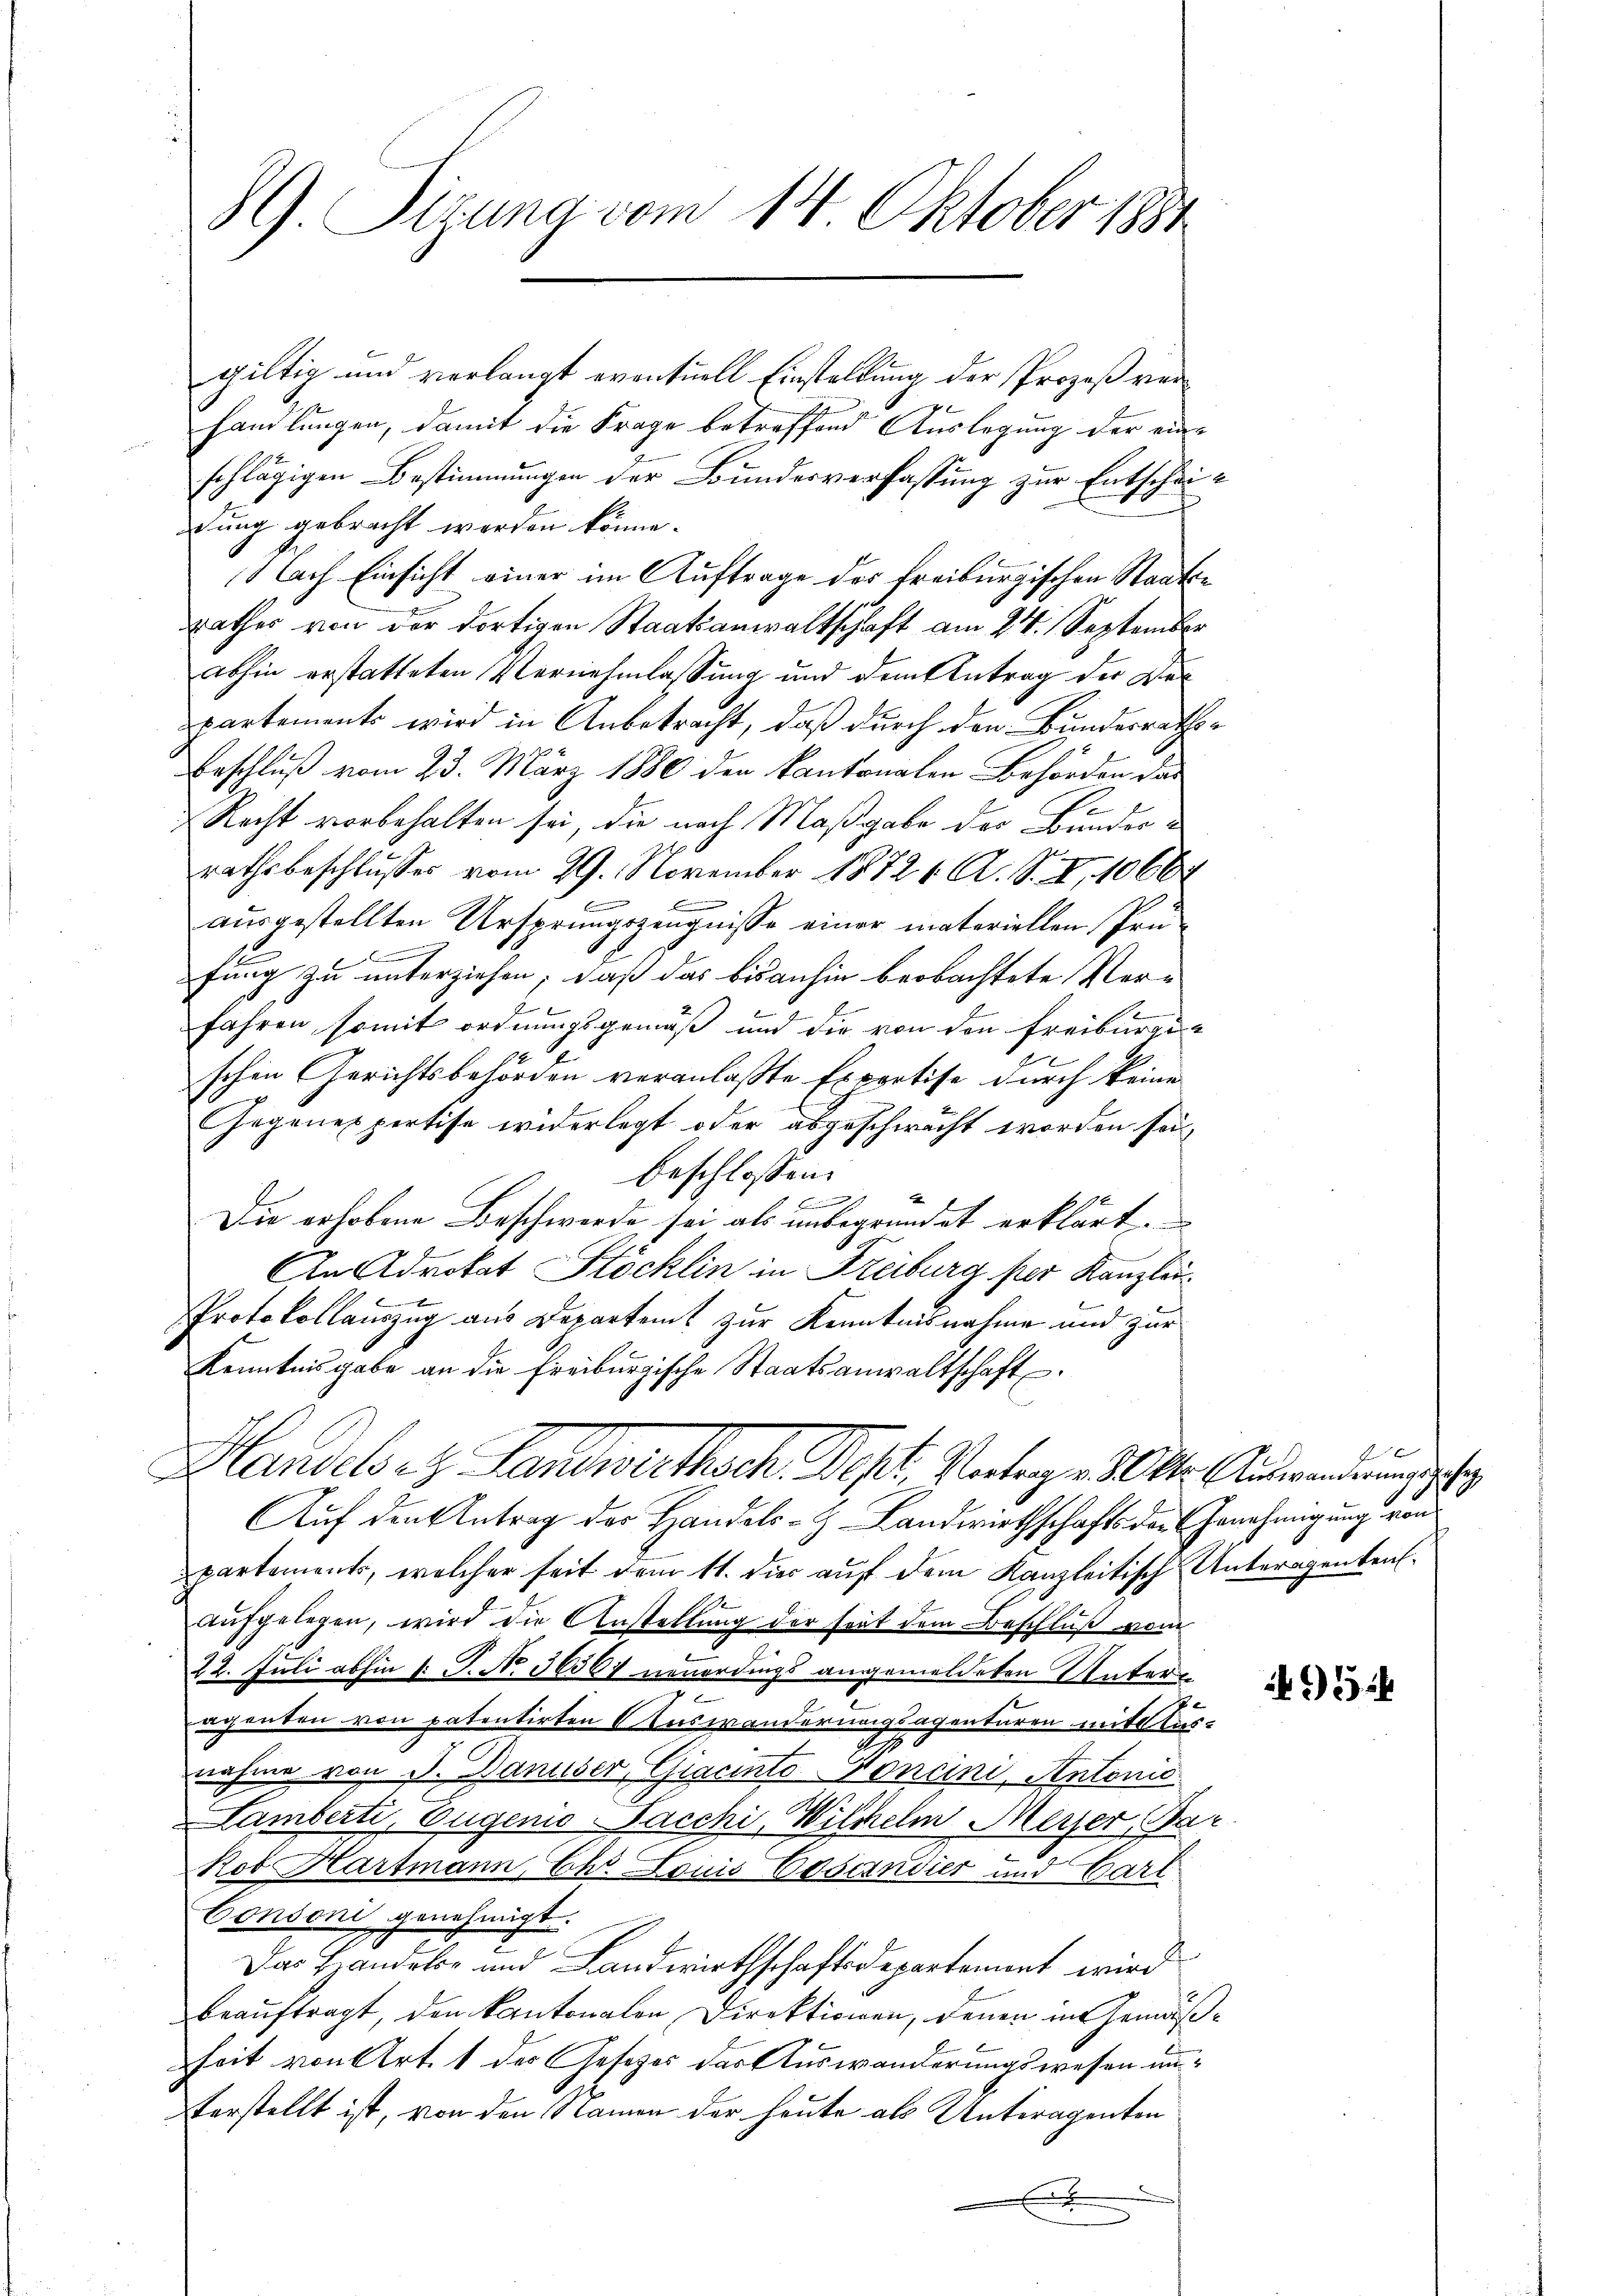
giltig und verlangt eventuell Einstellung der Prozeß verhandlungen, damit die Frage betreffend Auslegung der ein-
schlägigen Bestimmungen der Bundesverfassung zur Entscheidung gebracht worden könne.
Nach Einsicht einer im Auftrage des Freiburgischen Staatsrathes von der dortigen Staatsanwaltschaft am 24. September
abhin erstatteten Vernehmlassung und dem Antrag der Welpartements wird in Anbetracht, daß durch den Bundesraths¬
Beschluß vom 23. März 1880 den kantonalen Behörden das
P
Recht vorbehalten sei, die nach Maßgabe der Bunderrathsbeschlusses vom 29. November 18721. A. S. I, 1066
e
ausgestellten Ursprungszeugnisse einer materiellen Prü¬
0 f 0 x
fung zu unterziehen; daß das bisanhin beobachtete Ver-
fahren, somit ordnungsgemäß und die von den Freiburgeschen Gerichtsbehörden veranlaßte Exportise durch keine
Gegenes pertise widerlegt oder abgeschwächt worden sei
beschlossen:
B
Die erhobene Beschwerde sei als unbegründet erklärt.
An Advokat Stöcklin in Freiburg per Kanzlei.
Protokollauszug aus Departent zur Kenntnisnahme und zur
Kenntnisgabe an die Freiburgische Staatsanwaltschaft.
Handels et Landwirthsch. Sept. Vortragen 30 Mtr. Auswanderung geleg
Auf den Antrag der Handels-Z. Landwirthschafts der Genehmigung von
partements, welcher seit dem 11. die auf dem Kanzleitisch Unteragenten.
aufgelegen, wird die Anstellung der seit dem Beschluß vom
22. Juli abhin 1 S. No 36367 neuerdings angemeldeten Unters
agenten von patentirten Auswanderungsagentaren mitdlus¬
2
nahme von d. Banuser, Giacinto-Voncini, Antonio
Lamberti, Eugenio Sacchi, Wilhelm Merser, Bar
Kob Hartmann, Ehr. Louis Voscendier und Carl
Consoni genehmigt.
Das Handeler und Landwirthschaftsdepartement wird
beauftragt, den kantonalen Direktionen, denen im Gemäßheit von Art. 1 des Gesetzes des Auswanderungswesen unverstellt ist, von den Namen der heute als Unteragenten

G. Sizung vom 14. Oktober 1891

f

95